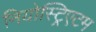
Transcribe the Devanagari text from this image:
नियोस्ट्रिएटम